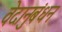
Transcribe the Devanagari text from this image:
वेदानुबंधन